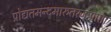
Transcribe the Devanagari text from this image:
प्रोद्यतमन्दमारुतरजःप्राप्ता